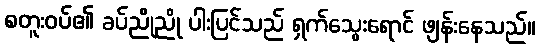
စတူးဝပ်၏ ခပ်ညိုညို ပါးပြင်သည် ရှက်သွေးရောင် ဖျန်းနေသည်။